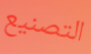
التصنيع